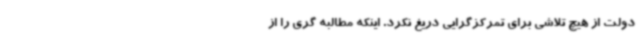
دولت از هیچ تلاشی برای تمرکزگرایی دریغ نکرد. اینکه مطالبه گری را از